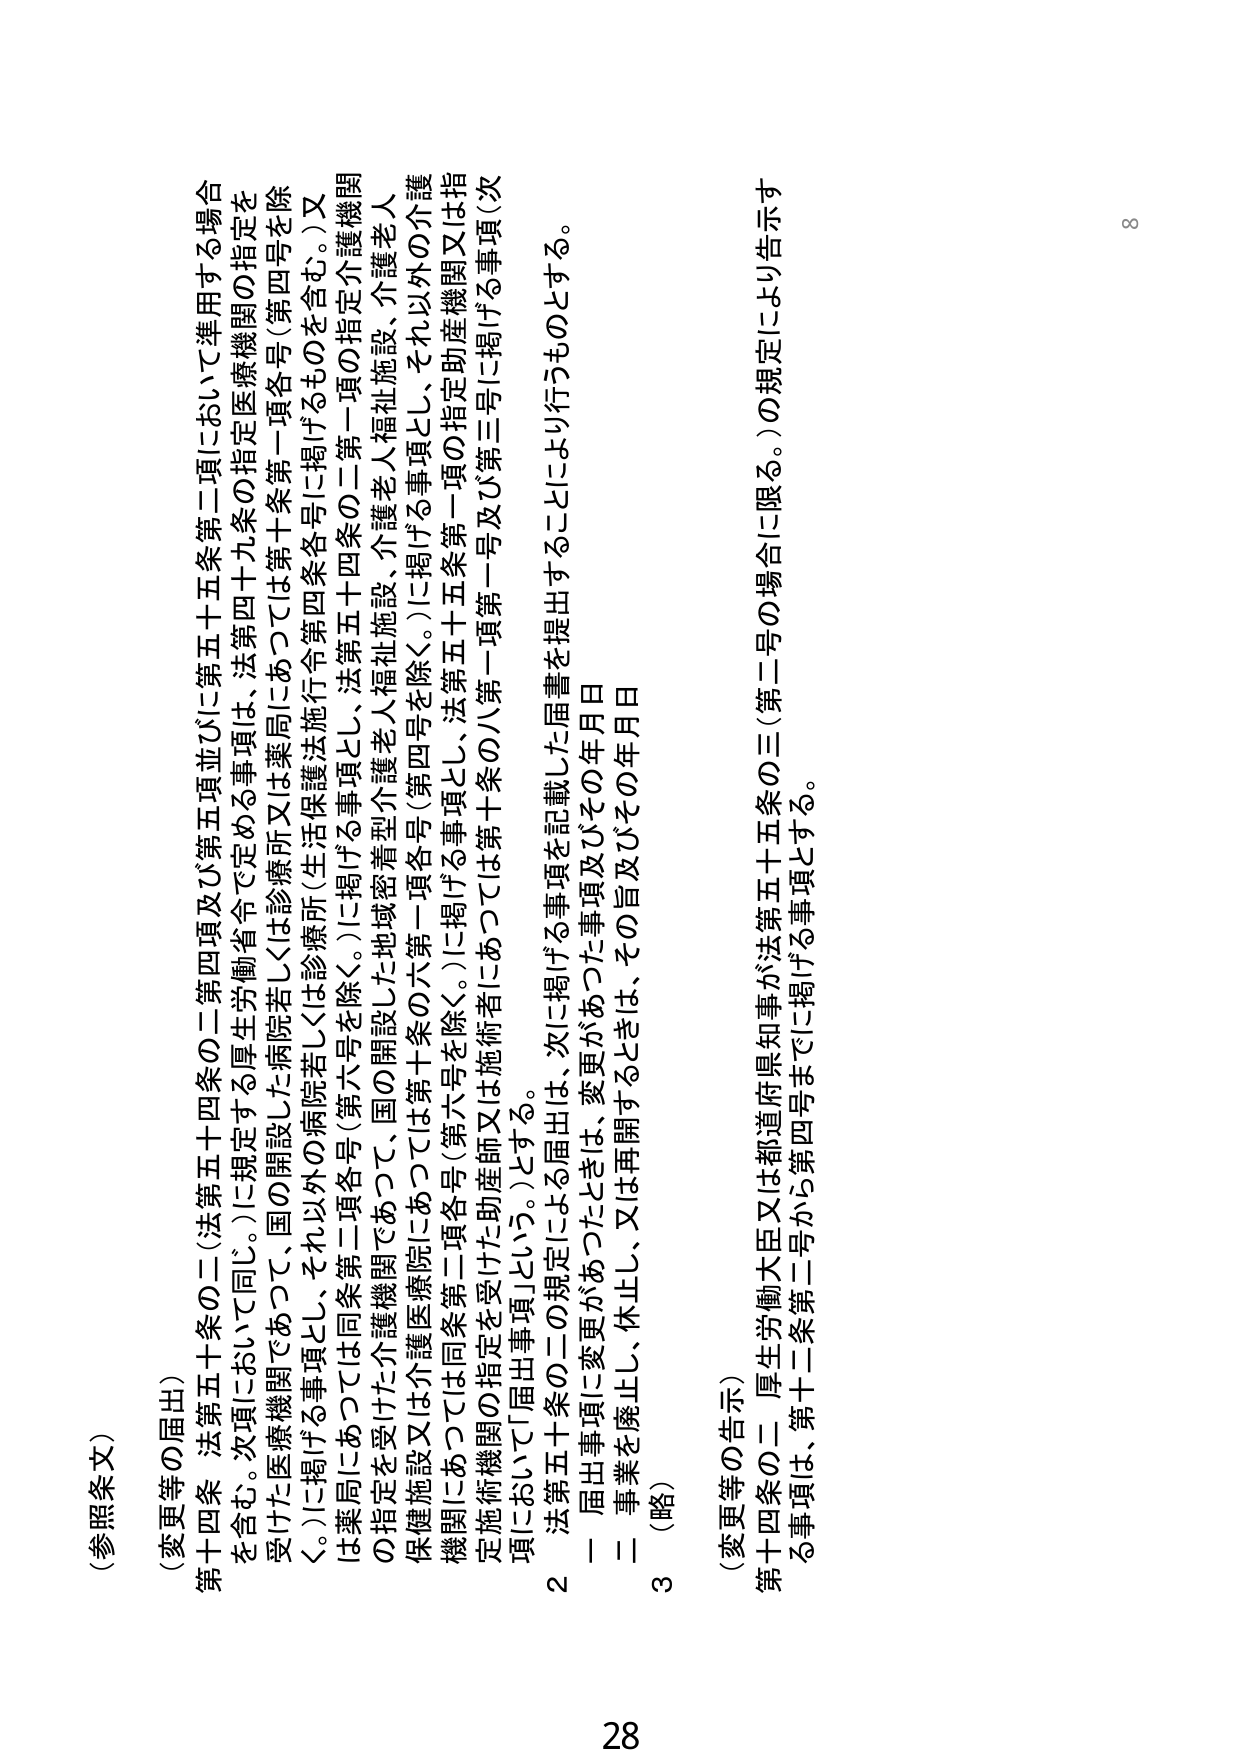
（参照条文）

（変更等の届出）

第十四条 法第五十四条の二（法第五十四条第二項及び第五項並びに第五十五条第二項において準用する場合を含む。次項において同じ。）に規定する厚生労働省令で定める事項は、法第四十九条の指定医療機関の指定を受けた医療機関であつて、国の開設した病院若しくは診療所又は薬局にあつては第十条第一項各号（第四号を除く。）に掲げる事項とし、それ以外の病院若しくは診療所（生活保護法施行令第四条各号に掲げるものを含む。）又は薬局にあつては同条第二項各号（第六号を除く。）に掲げる事項とし、法第五十四条の二第一項の指定介護機関の指定を受けた介護機関であつて、国の開設した地域密着型介護老人福祉施設、介護老人福祉施設、介護老人保健施設又は介護医療院にあつては第十条の六第一項各号（第四号を除く。）に掲げる事項とし、それ以外の介護機関にあつては同条第二項各号（第六号を除く。）に掲げる事項とし、法第五十五条第一項の指定助産機関又は指定施術機関の指定を受けた助産師又は施術者にあつては第十条の八第一項第一号及び第三号に掲げる事項（次項において「届出事項」という。）とする。

２ 法第五十条の二の規定による届出は、次に掲げる事項を記載した届書を提出することにより行うものとする。

一 届出事項に変更があつたときは、変更があつた事項及びその年月日

二 事業を廃止し、休止し、又は再開するときは、その旨及びその年月日

３ （略）

（変更等の告示）

第十四条の二 厚生労働大臣又は都道府県知事が法第五十五条の三（第二号の場合に限り告示する事項は、第十二条第二号から第四号までに掲げる事項とする。

28

8